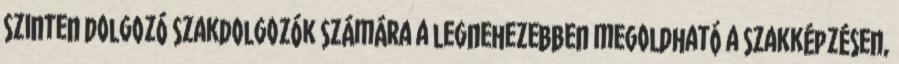
szinten dolgozó szakdolgozók számára a legnehezebben megoldható a szakképzésen,